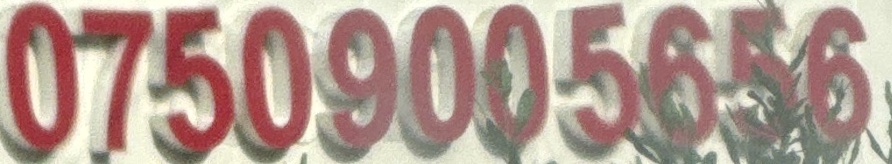
07509005656